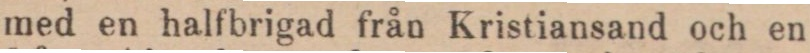
med en halfbrigad från Kristiansand och en